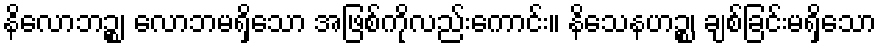
နိလောဘဉ္စ၊ လောဘမရှိသော အဖြစ်ကိုလည်းကောင်း။ နိသေနဟဉ္စ၊ ချစ်ခြင်းမရှိသော